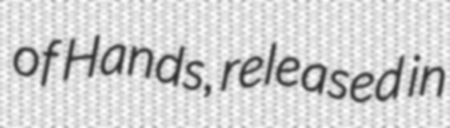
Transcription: of Hands, released in